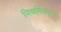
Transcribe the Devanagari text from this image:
नियमितरूप